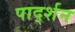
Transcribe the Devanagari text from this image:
पार्द्शन